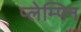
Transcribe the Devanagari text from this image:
प्लेम्पिन